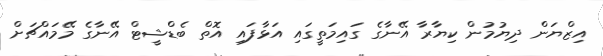
އިޒްޔަން ދިޔުމުން ކިޔާރާ އޭނާގެ ގައިމަތީގައި އަޅާފައި އޮތް ބެޑްޝީޓް އޭނާގެ މޭމައްޗަށް